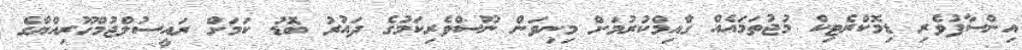
އިންސާފުވެރި ޑިމޮކްރެޓިކް މުޖުތަމައެއް ގާއިމްކުރުމަށް މިނިވަން ނޫސްވެރިކަމުގެ ދައުރު ބޮޑު ކަމަށް ރައީސުލްޖުމްހޫރިއްޔާގެ